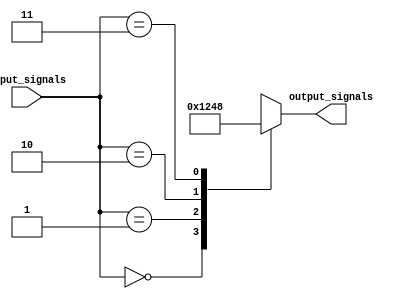
module Decoder_2to4(
    input [1:0] input_signals,
    output reg [3:0] output_signals
);

always @(*)
begin
    case(input_signals)
        2'b00: output_signals = 4'b0001;
        2'b01: output_signals = 4'b0010;
        2'b10: output_signals = 4'b0100;
        2'b11: output_signals = 4'b1000;
        default: output_signals = 4'b0000;
    endcase
end

endmodule